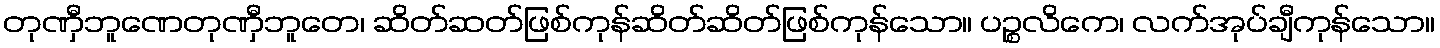
တုဏှီဘူဏေတုဏှီဘူတေ၊ ဆိတ်ဆတ်ဖြစ်ကုန်ဆိတ်ဆိတ်ဖြစ်ကုန်သော။ ပဉ္စလိကေ၊ လက်အုပ်ချီကုန်သော။